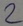
Text: 2